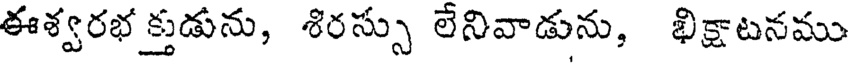
ఈశ్వరభ క్తుడును, శిరస్సు లేనివాడును, ఖిక్షాటనము